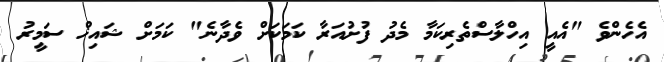
އެހެންވެ "އެއީ އިހްލާސްތެރިކަމާ މެދު ފުށުއަރާ ކަމަކަށް ވެދާނެ" ކަމަށް ޝައިޚް ސަމީރު